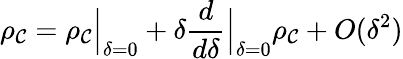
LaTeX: \rho_{\mathcal{C}}=\rho_{\mathcal{C}}\Big\vert_{\delta=0}+\delta\frac{{d}}{{d\delta}}\Big\vert_{\delta=0}\rho_{\mathcal{C}}+O(\delta^{2})